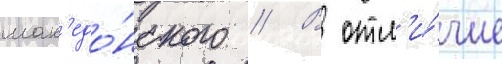
мак'едо́нского // В отл'и́чие